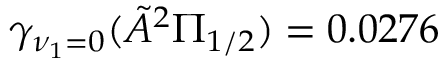
\gamma _ { \nu _ { 1 } = 0 } ( \tilde { A } ^ { 2 } \Pi _ { 1 / 2 } ) = 0 . 0 2 7 6